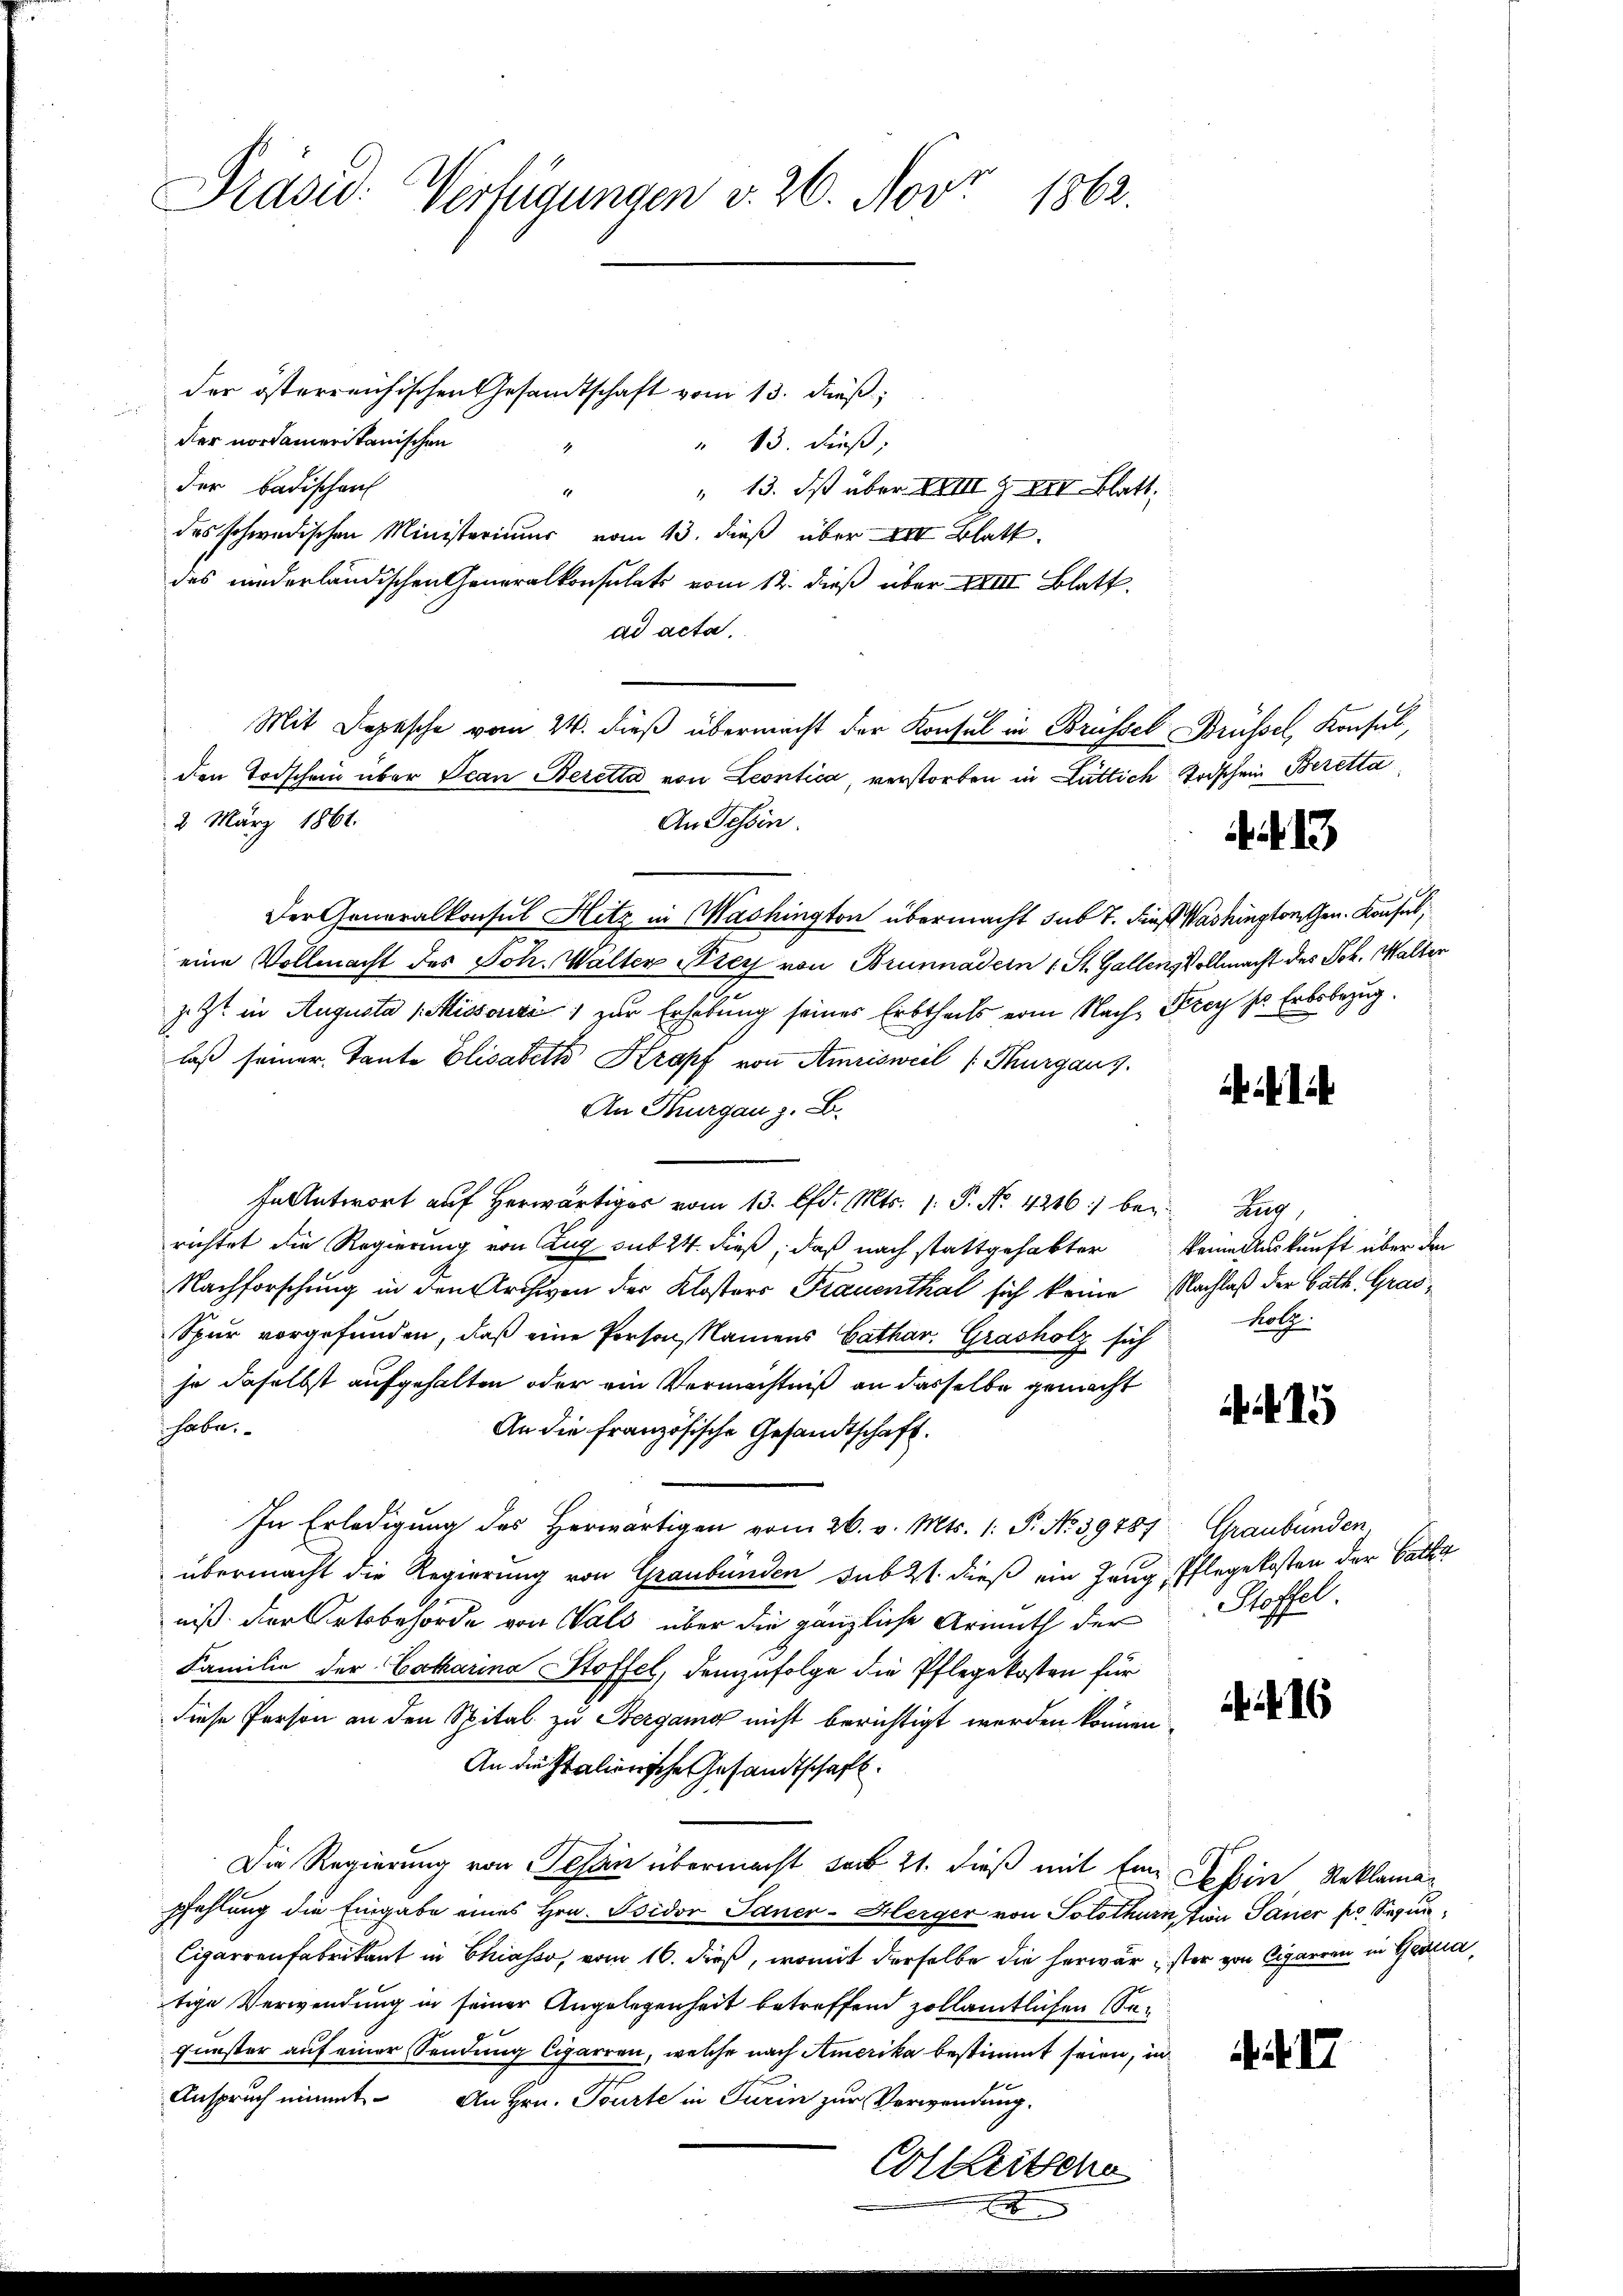
Präsid. Verfügungen v. 26. Nov.
1862.

der österreichischen Gesamtschaft vom 13. dieß,

der nordameritanischen
" 13. dieß,
der badischen
" 13. Ist über XXIII Z XII Blatt,
11
des schwedischen Ministeriums vom 13. dieß über XII Blatt.
des niederländischen Generalkonsulats vom 12. dieß über XXIII Blatt.
ad acta.
Mit Depesche vom 24. dieß übermacht der Konsul in Brüssel, Brüssel, Konsul,
den Todschein über Jean Beretta von Leontica, verstorben in Lüttich Todschein Beretta
2 März 1861.
An Tessin.
Der Generalkonsul Hitz in Washington übermacht sub 7. Fees Washingtorchen. Konsers,
eine Vollmacht des Joh. Walter Frey von Brunnadern 1 St. Gallens Vollmacht des Joh. Walter
z. Zt. in Augusta (Missori zur Erhebung seines Erbtheils vom Nach Frey hr. Erbsbezug.
laß seiner Tante Elisabeth Kropf von Amrisweil (Thurgaus.
An Thurgau z. B.
antwort auf Herr vom 13. d. Mts. 1. P. Nr. 4216) bei Zug,
richtet die Regierung von Zug sub 24. dieß, daß nach stattgehabter keine Auskunft über den
Nachforschung in den Archiven der Klosters Frauenthal sich keine Nachlaß der Bath. Gras¬
Spur vorgefunden, daß eine Person, Namens Cathar. Grasholz sich
ja daselbst aufgehalten oder ein Vermächtniß an dasselbe gemacht
haben.
An die französische Gesandtschaft.
In Erledigung des Herwärtigen vom 26. v. Mts. 1. P. No 39487 Graubünden
übermacht die Regierung von Graubünden sub 21. dieß ein Zeug, Pflegekosten der Catha
niß der Ortsbehörde von Wald über die gänzliche Armuth der Stoffel
Familie der Catharina Stoffel, demzufolge die Pflegekosten für
diese Person an den Spital zu Bergang nicht berichtigt werden können.
An die Italienische Gesandtschaft.
Die Regierung von Gesan übermacht seit 21. dieß mit Eine Leben Reklamapfehlung die Eingabe eines Hrn. Isidor Saner-Herger von Solothurn, in Sauer pr. Segen¬
Cigarrenfabrikant in Chiasso, vom 16. dieß, womit derselbe die herwarster von Cigarren in Genua,
tige Verwendung in seiner Angelegenheit betreffend zollamtlichen So¬
Gunster auf einer Sendung Cigarren, welche nach Amerika bestimmt seien, in
Anspruch nimmt. An Hrn. Tourte in Turin zur Verwendung.

x

.13

holz.

i 15

16

17